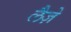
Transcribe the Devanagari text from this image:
लैज़े